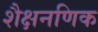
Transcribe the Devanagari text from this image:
शैक्षनणिक